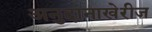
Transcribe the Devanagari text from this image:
अनुदानाखेरीज